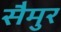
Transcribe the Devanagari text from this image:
सैमुर